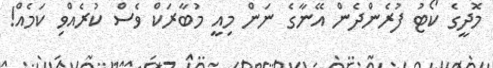
މޮދީގެ ކޯޓު ފުރެންދެން އޭނާގެ ނަން މިއީ މުބާރަކް ވެސް ކުރެއްވި ކަމެއް!